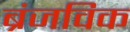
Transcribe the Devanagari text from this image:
ब्रंजविक